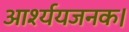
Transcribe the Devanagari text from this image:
आर्श्ययजनक।